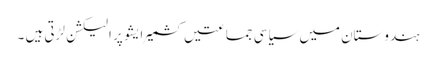
ہندوستان میں سیاسی جماعتیں کشمیر ایشو پر الیکشن لڑتی ہیں ۔